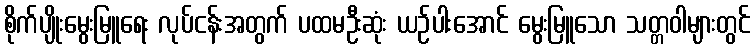
စိုက်ပျိုးမွေးမြူရေး လုပ်ငန်းအတွက် ပထမဦးဆုံး ယဉ်ပါးအောင် မွေးမြူသော သတ္တဝါများတွင်